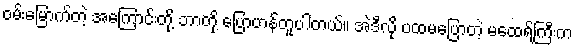
ဝမ်းမြောက်တဲ့ အကြောင်းတို့ ဘာတို့ ပြောဟန်တူပါတယ်။ အဲဒီလို ပထမပြောတဲ့ မထေရ်ကြီးက